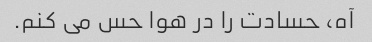
آه، حسادت را در هوا حس می کنم.